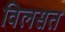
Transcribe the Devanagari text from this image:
विलसत